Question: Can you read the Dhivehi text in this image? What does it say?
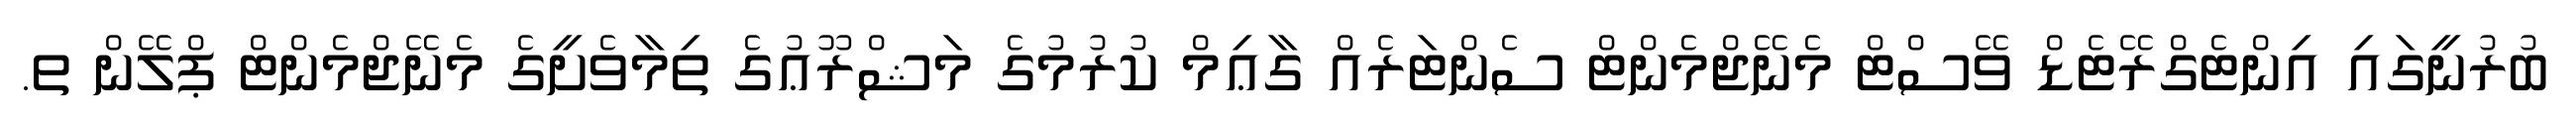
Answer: ބުރުނީގައި އިންޓެގްރޭޓެޑް ވޭސްޓް މެނޭޖްމެންޓް ސެންޓަރެއް ގާޢިމް ކުރުމުގެ މަޝްރޫޢުގެ ތިމާވެށީގެ މެނޭޖްމެންޓް ޕްލޭން ތ.